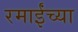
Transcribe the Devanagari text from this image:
रमाईंच्या